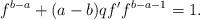
LaTeX: \begin{align*}f^{b-a}+(a-b)qf' f^{b-a-1}=1.\end{align*}